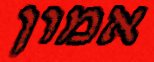
אמון